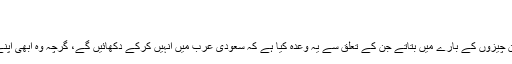
بقلم: ڈاکٹر اجمل منظور
گولڈ بیرگ:
بہتر ہوتا اگر آپ بعض ان چیزوں کے بارے میں بتاتے جن کے تعلق سے یہ وعده کیا ہے کہ سعودى عرب میں انہیں کرکے دکهائیں گے، گرچہ وه ابهى اپنے ابتدائى مراحل میں ہیں۔